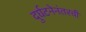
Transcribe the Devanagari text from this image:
दुर्घटनेनंतरची